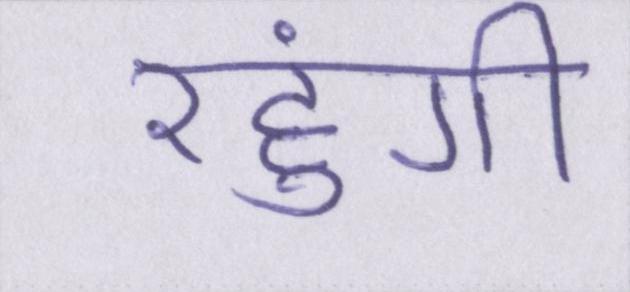
रहुंगी